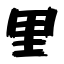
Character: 里